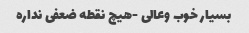
بسیار خوب وعالی -هیچ نقطه ضعفی نداره